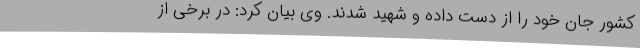
کشور جان خود را از دست داده و شهید شدند. وی بیان کرد: در برخی از